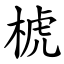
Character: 椃